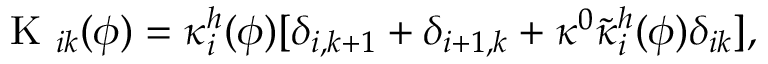
\mathrm { ~ K ~ } _ { i k } ( \phi ) = \kappa _ { i } ^ { h } ( \phi ) [ \delta _ { i , k + 1 } + \delta _ { i + 1 , k } + \kappa ^ { 0 } \tilde { \kappa } _ { i } ^ { h } ( \phi ) \delta _ { i k } ] ,